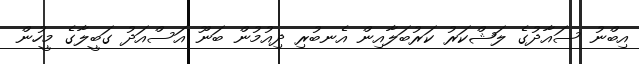
އިބްނު ސައާދުގެ ލަޝްކަރު ކަރުބަލާއިން އެނބުރި ދިއުމުން ބަނޫ އަސްއަދު ގަބީލާގެ މީހުން